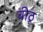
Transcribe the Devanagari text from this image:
बीठू